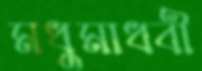
মধুমাধবী